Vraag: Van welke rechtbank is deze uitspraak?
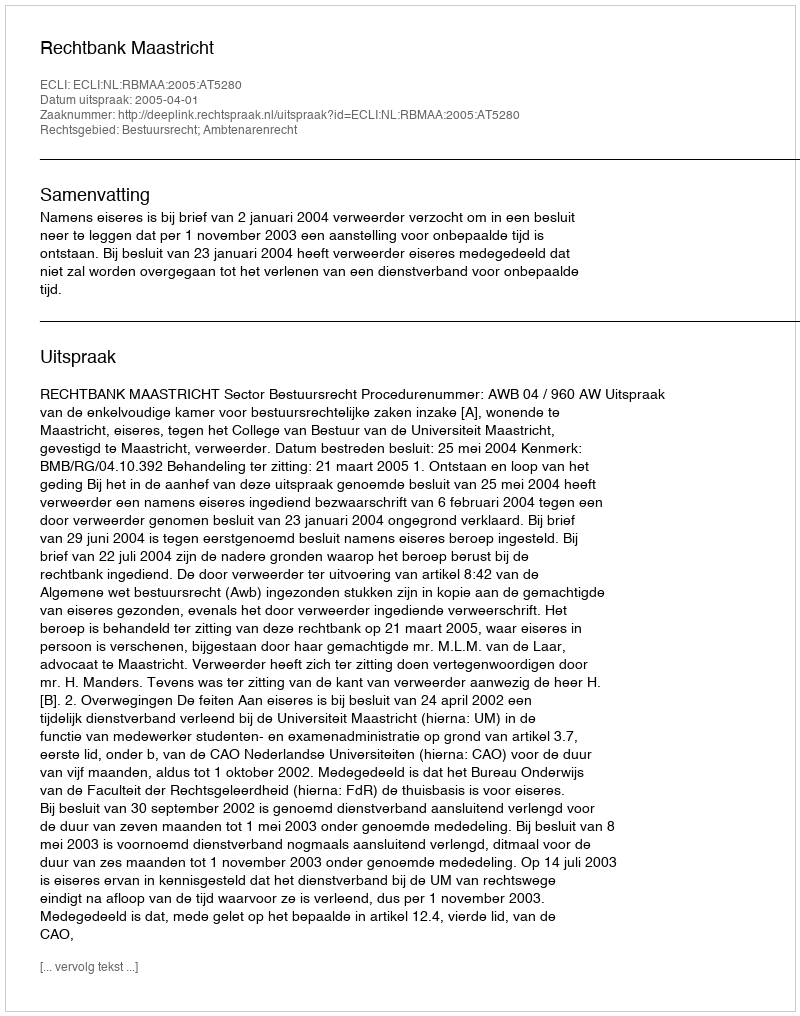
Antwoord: Rechtbank Maastricht